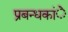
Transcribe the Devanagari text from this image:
प्रबन्धकांे